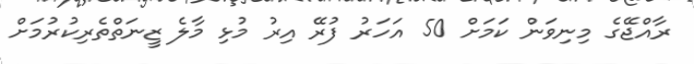
ރާއްޖޭގެ މިނިވަން ކަމަށް 50 އަހަރު ފުރޭ އިރު މުޅި މާލެ ޒީނަތްތެރިކުރުމަށް